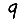
Digit: 9